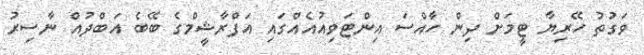
ވަގުތު ހޭރިޔާ ޓީމަށް ދިން ހާއްސަ އިންޓަވިއުއެއްގައި އަފްރާޝީމްގެ ބޭބެ އަބްދުއް ނާސިރު